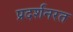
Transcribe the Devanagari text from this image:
प्रदर्शनरत